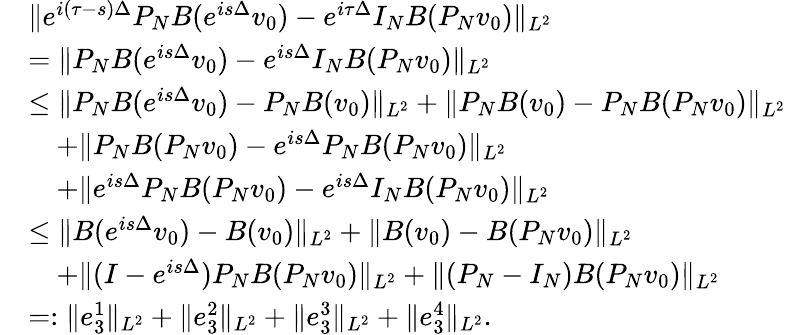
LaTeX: \begin{array}{rl}&{\| e^{i(\tau-s)\Delta}P_{N}B(e^{is\Delta}v_{0})-e^{i\tau\Delta}I_{N}B(P_{N}v_{0})\| _{L^{2}}}\\ &{=\| P_{N}B(e^{is\Delta}v_{0})-e^{is\Delta}I_{N}B(P_{N}v_{0})\| _{L^{2}}}\\ &{\leq\| P_{N}B(e^{is\Delta}v_{0})-P_{N}B(v_{0})\| _{L^{2}}+\| P_{N}B(v_{0})-P_{N}B(P_{N}v_{0})\| _{L^{2}}}\\ &{\quad+\| P_{N}B(P_{N}v_{0})-e^{is\Delta}P_{N}B(P_{N}v_{0})\| _{L^{2}}}\\ &{\quad+\| e^{is\Delta}P_{N}B(P_{N}v_{0})-e^{is\Delta}I_{N}B(P_{N}v_{0})\| _{L^{2}}}\\ &{\leq\| B(e^{is\Delta}v_{0})-B(v_{0})\| _{L^{2}}+\| B(v_{0})-B(P_{N}v_{0})\| _{L^{2}}}\\ &{\quad+\| (I-e^{is\Delta})P_{N}B(P_{N}v_{0})\| _{L^{2}}+\| (P_{N}-I_{N})B(P_{N}v_{0})\| _{L^{2}}}\\ &{=:\| e_{3}^{1}\| _{L^{2}}+\| e_{3}^{2}\| _{L^{2}}+\| e_{3}^{3}\| _{L^{2}}+\| e_{3}^{4}\| _{L^{2}}.}\end{array}